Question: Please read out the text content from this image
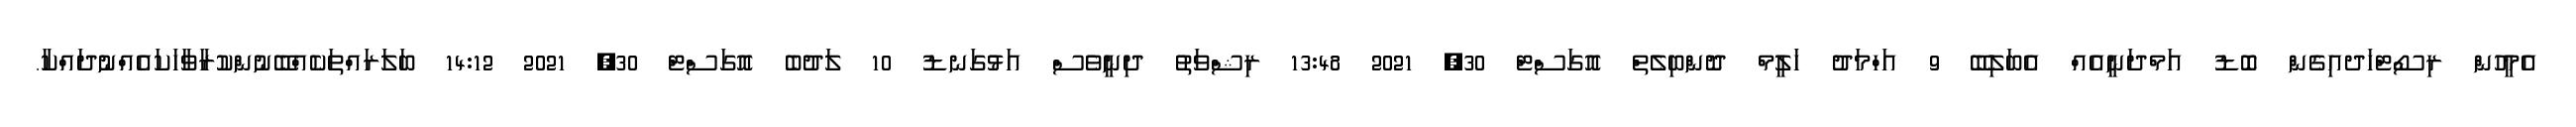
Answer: އެމީހުން ރިސޯޓްހަދއިގެން ބޮޑު އަމްދަނީއެއް އެބަލިބޭ 9 އަހްމަދު ހަލީމް ދޮންބިލެތް އޮގަސްޓް 30, 2021 13:48 ރިޝްވަތު ދިނީވެސް އަޅުގަނޑު 10 ލަދުބެ އޮގަސްޓް 30, 2021 14:12 ބަލަރައްތަކެއްބޭނުންކުރާވާހަކައެއްނުދައްކާ.